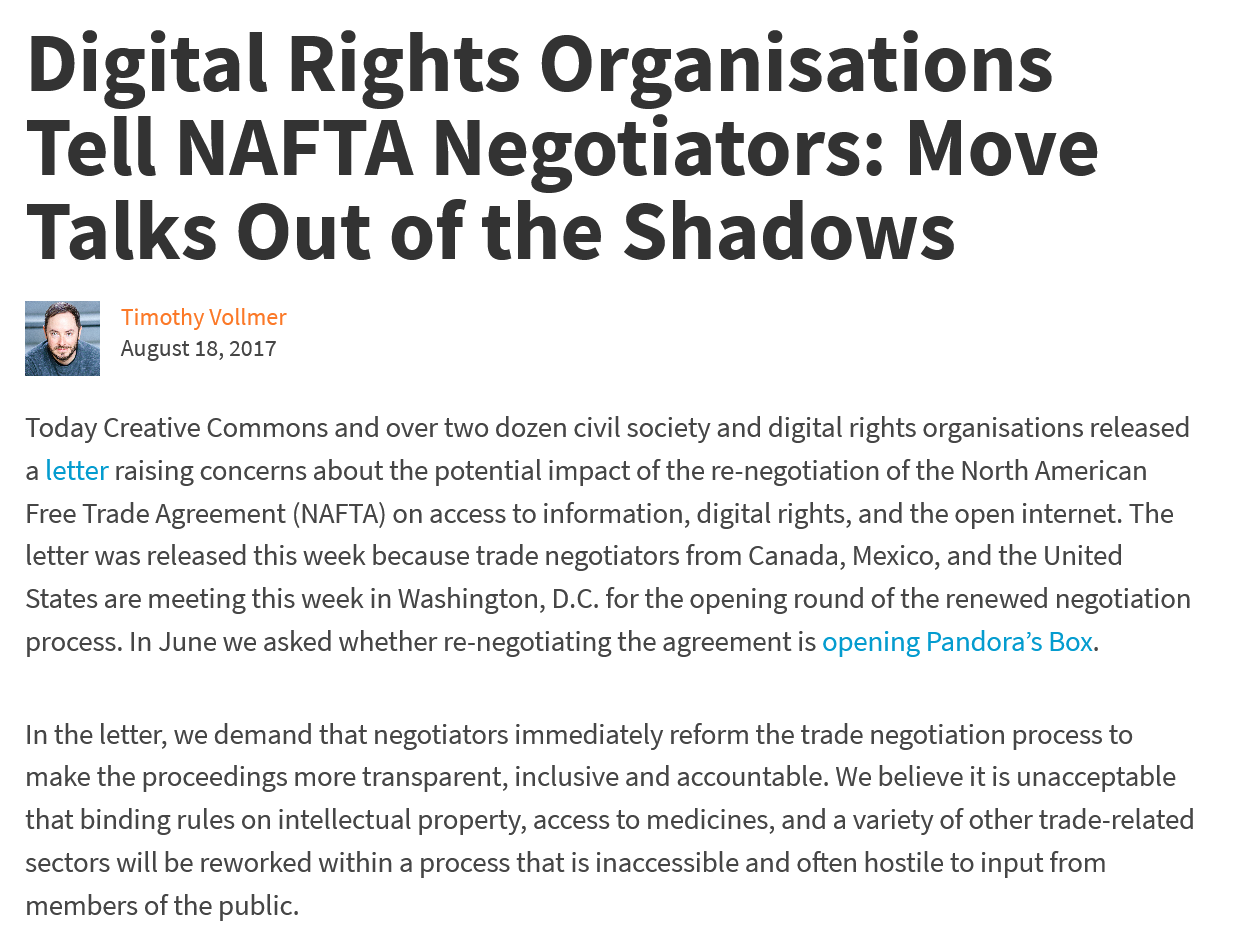
Digital    Rights    Organisations
   Tell    NAFTA    Negotiators:    Move
   Talks    Out    of    the    Shadows
     Timothy Vollmer
  Today Creative Commons and over two dozen civil society and digital rights organisations released
  a letter raising concerns about the potential impact of the re-negotiation of the North American
   Free Trade Agreement (NAFTA) on access to information, digital rights, and the open internet. The
   letter was released this week because trade negotiators from Canada, Mexico, and the United
  States are meeting this week in Washington, D.C. for the opening round of the renewed negotiation
   process. In June we asked whether re-negotiating the agreement is opening Pandora’s Box.
   In the letter, we demand that negotiators immediately reform the trade negotiation process to
   make the proceedings more transparent, inclusive and accountable. We believe it is unacceptable
  that binding rules on intellectual property, access to medicines, and a variety of other trade-related
  sectors will be reworked within a process that is inaccessible and often hostile to input from
   members of the public.
     August 18, 2017